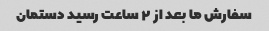
سفارش ما بعد از ۲ ساعت رسید دستمان